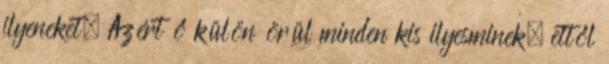
ilyeneket. Azért ő külön örül minden kis ilyesminek, ettől